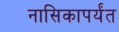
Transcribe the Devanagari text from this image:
नासिकापर्यंत